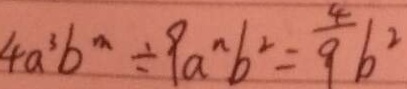
4 a ^ { 3 } b ^ { m } \div 9 a ^ { n } b ^ { 2 } = \frac { 4 } { 9 } b ^ { 2 }